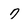
Character: 7